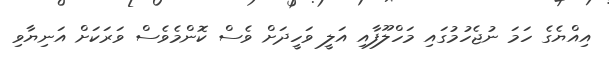
އިއްޔެގެ ހަމަ ނުޖެހުމުގައި މަހްލޫފާއި އަލީ ވަހީދަށް ވެސް ކޮންމެވެސް ވަރަކަށް އަނިޔާވި